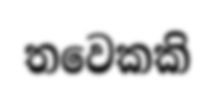
තවෙකකි